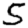
Digit: 5